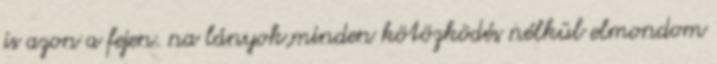
is azon a fejen. na lányok,minden kötözködés nélkül elmondom